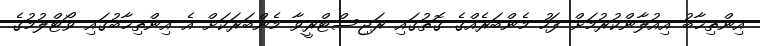
އިންތިޚާބު އިއުލާންކުރުމަށް ފަހު މެންބަރެއްގެ ގޮތުގައި ރަޖިސްޓްރީވާ މެންބަރަކަށް އެ އިންތިޚާބުގައި ވޯޓްލުމުގެ